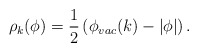
\begin{align*}\rho_{k}(\phi)={1\over2}\left(\phi_{vac}(k)-\vert\phi\vert\right).\end{align*}